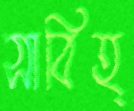
সাবিহ্